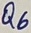
Text: Q6